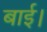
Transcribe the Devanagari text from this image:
बाई।